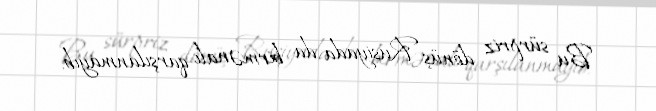
Bu sürpriz dönüş Rusiyada da birmənalı qarşılanmayıb.